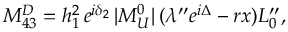
M _ { 4 3 } ^ { D } = h _ { 1 } ^ { 2 } \, e ^ { i \delta _ { 2 } } \, | M _ { U } ^ { 0 } | \, ( \lambda ^ { \prime \prime } e ^ { i \Delta } - r x ) L _ { 0 } ^ { \prime \prime } ,